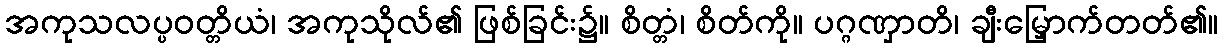
အကုသလပ္ပဝတ္တိယံ၊ အကုသိုလ်၏ ဖြစ်ခြင်း၌။ စိတ္တံ၊ စိတ်ကို။ ပဂ္ဂဏှာတိ၊ ချီးမြှောက်တတ်၏။